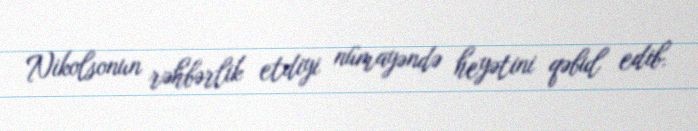
Nikolsonun rəhbərlik etdiyi nümayəndə heyətini qəbul edib.